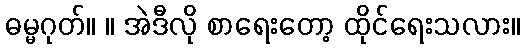
ဓမ္မဂုတ်။ ။ အဲဒီလို စာရေးတော့ ထိုင်ရေးသလား။